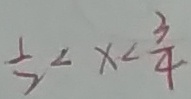
\frac { 1 } { 2 } < x < \frac { 3 } { 4 }